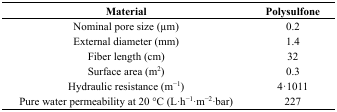
| Material | Polysulfone |
 | --- | --- |
 | Nominal pore size (μm) | 0.2 |
 | External diameter (mm) | 1.4 |
 | Fiber length (cm) | 32 |
 | Surface area (m2) | 0.3 |
 | Hydraulic resistance (m−1) | 4·1011 |
 | Pure water permeability at 20 °C (L·h−1·m−2·bar) | 227 |